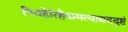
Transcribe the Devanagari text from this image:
निवहैरिहैकमत्याद्यददुष्टं